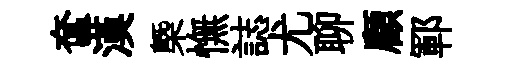
奩漢㮣憮誌尤聊顧鄆